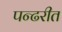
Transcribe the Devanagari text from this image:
पन्ढरीत